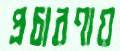
প্রচারণায়